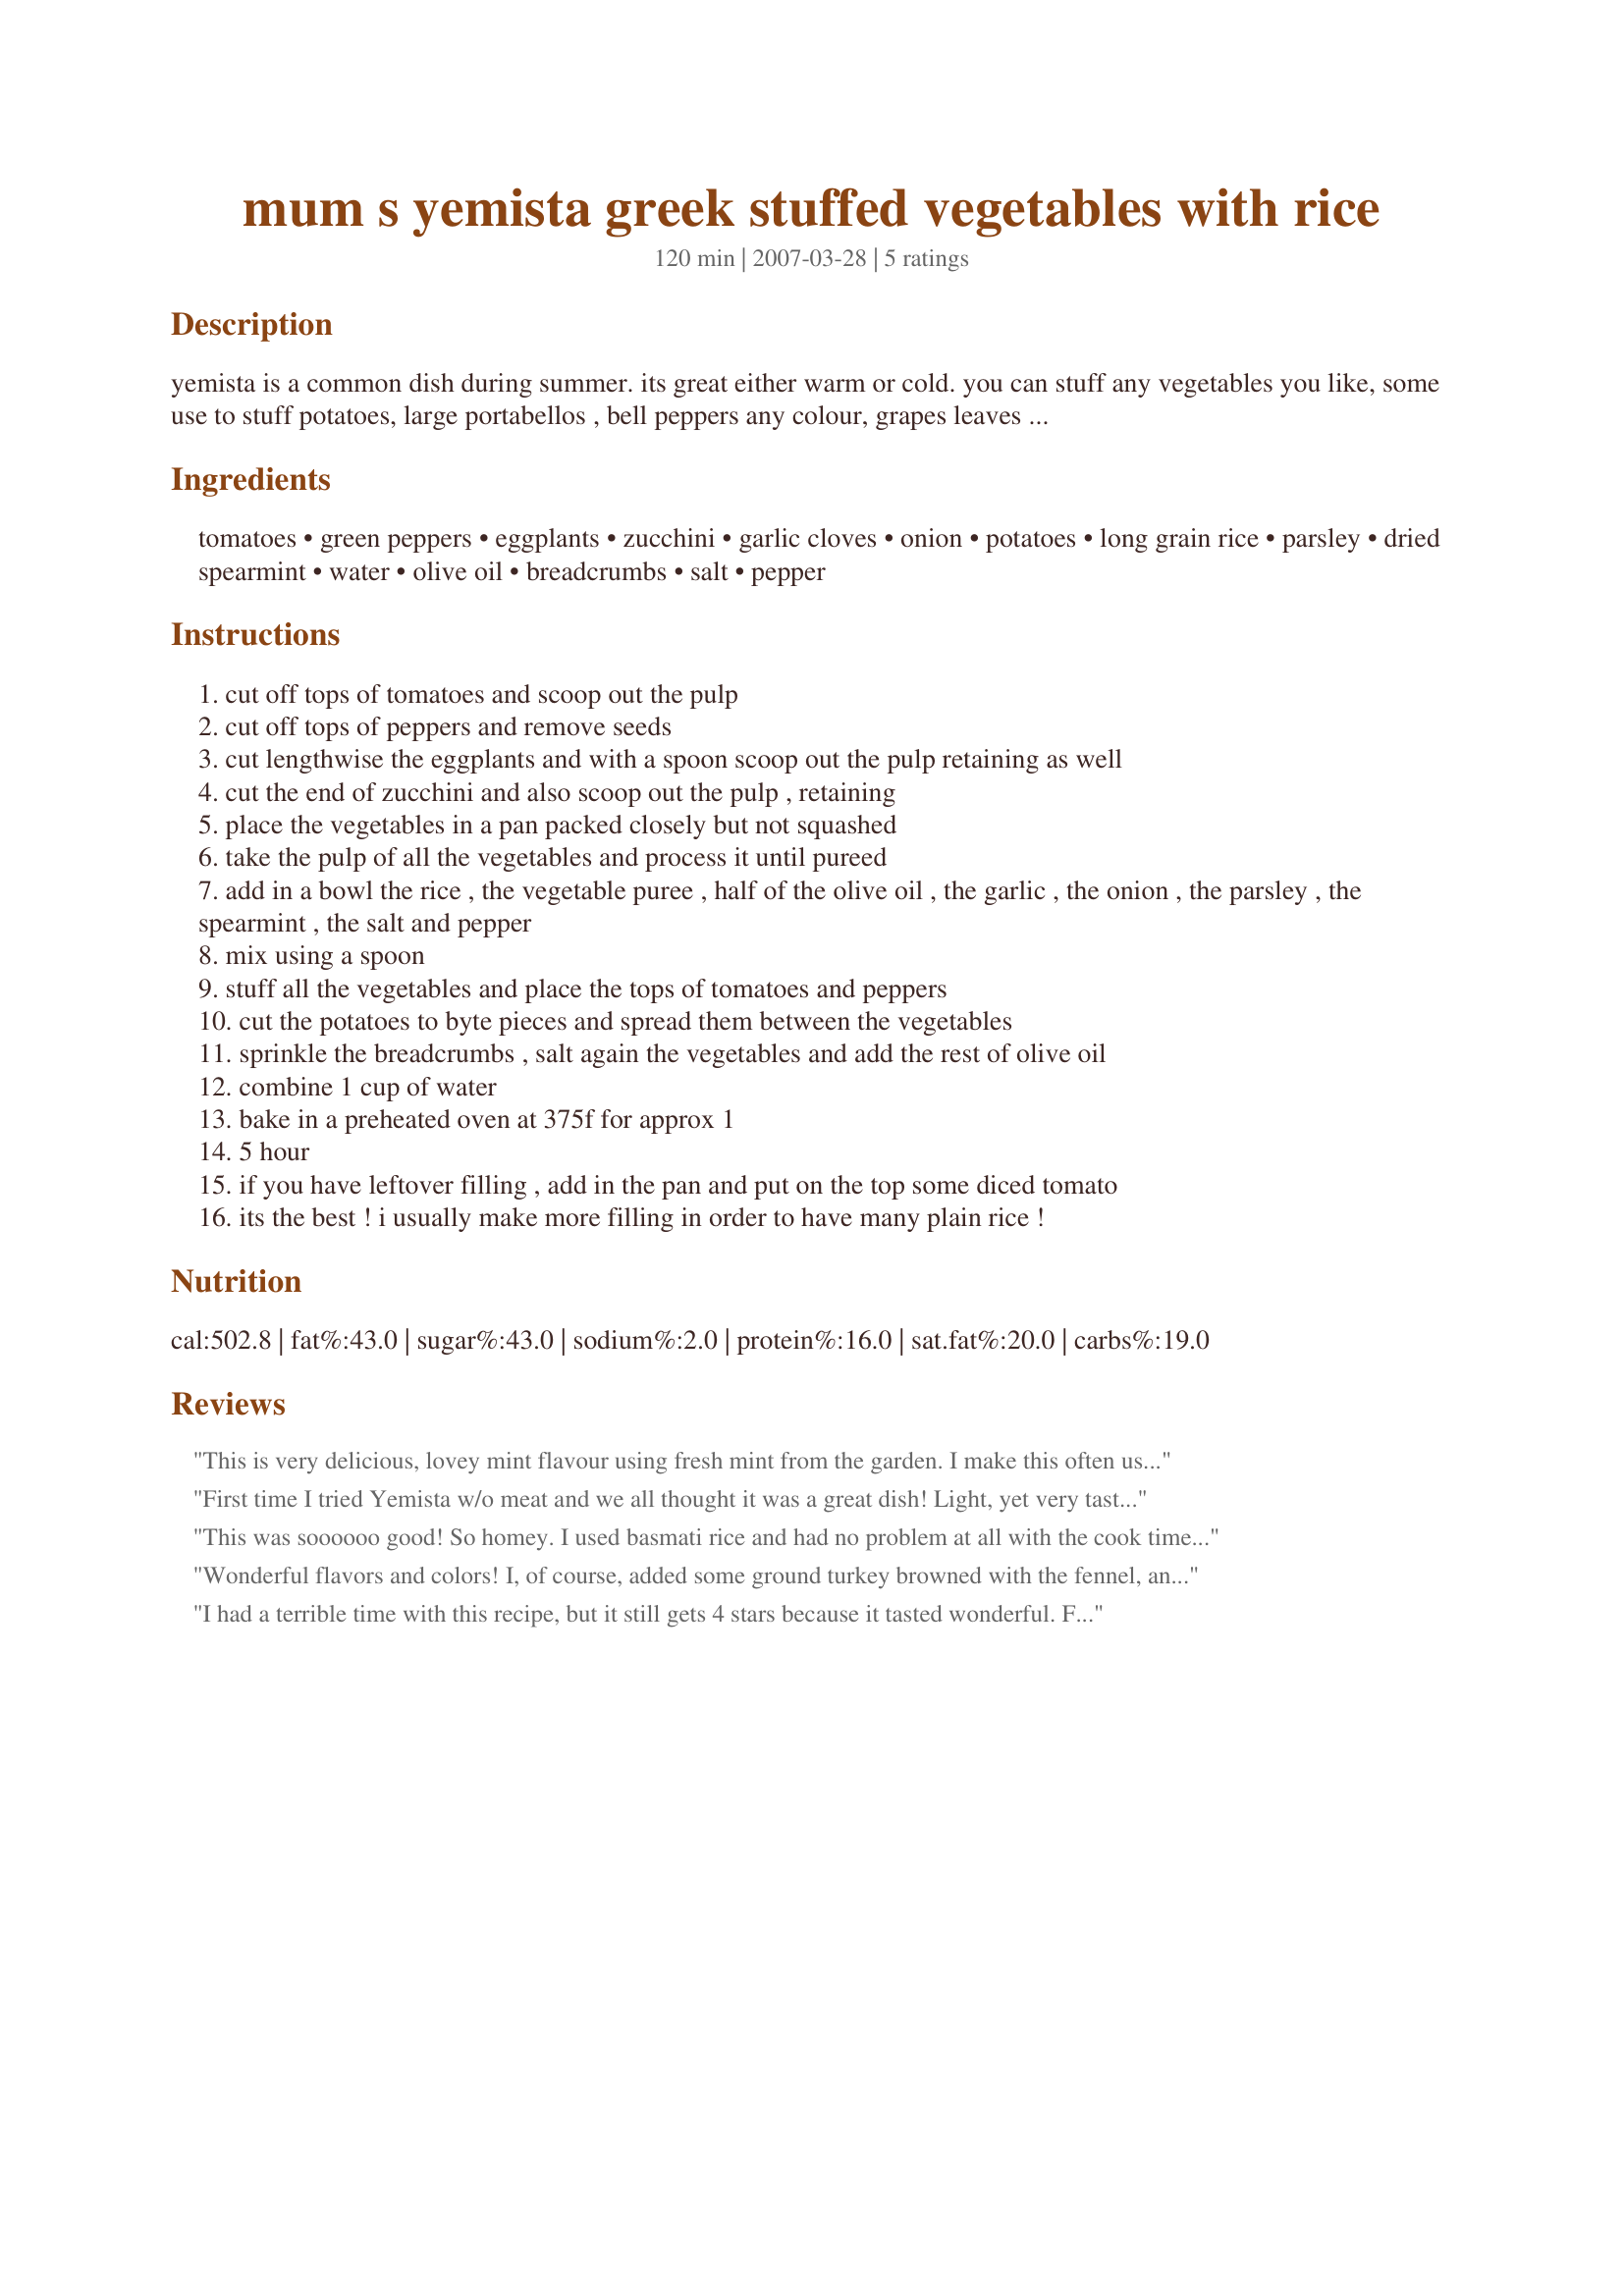
mum s yemista greek stuffed vegetables with rice
Preparation time: 120 minutes

yemista is a common dish during summer. its great either warm or cold. you can stuff any vegetables you like, some use to stuff potatoes, large portabellos , bell peppers any colour, grapes leaves and even zucchini's flowers, the last ones are hard to find but they are the best. also, in the filling some add feta, great!

Ingredients:
tomatoes, green peppers, eggplants, zucchini, garlic cloves, onion, potatoes, long grain rice, parsley, dried spearmint, water, olive oil, breadcrumbs, salt, pepper

Steps:
cut off tops of tomatoes and scoop out the pulp
cut off tops of peppers and remove seeds
cut lengthwise the eggplants and with a spoon scoop out the pulp retaining as well
cut the end of zucchini and also scoop out the pulp , retaining
place the vegetables in a pan packed closely but not squashed
take the pulp of all the vegetables and process it until pureed
add in a bowl the rice , the vegetable puree , half of the olive oil , the garlic , the onion , the parsley , the spearmint , the salt and pepper
mix using a spoon
stuff all the vegetables and place the tops of tomatoes and peppers
cut the potatoes to byte pieces and spread them between the vegetables
sprinkle the breadcrumbs , salt again the vegetables and add the rest of olive oil
combine 1 cup of water
bake in a preheated oven at 375f for approx 1
5 hour
if you have leftover filling , add in the pan and put on the top some diced tomato
its the best ! i usually make more filling in order to have many plain rice !

Reviews:
This is very delicious, lovey mint flavour using fresh mint from the garden. I make this often using a variety of different vegetables when we are looking for something vegetarian. I have used zucchini, orange bell peppers are our favorite, plum tomatoes, onions. Sometimes I add mushroom to the stuffing, tomato paste depending what stuffed vegetables I have to leave out. I use Basmati rice, a good extra virgin olive oil, sea salt, freshly ground black pepper, plus the rest of ingredients. I sea salt the vegetables before and after stuffing. I have never added the potatoes as we have started to avoid them for allergy reasons. I cover the pan the whole time as tightly as I can with aluminum foil. I never use bread as we are gluten & yeast free. I sometimes add a bit of homemade chicken stock with the water in the pan, but water works fine on its own. I serve this dish with Balkan or other thick yogurt. I will make this again & again.
First time I tried Yemista w/o meat and we all thought it was a great dish! Light, yet very tasty and satisfying! Baked up perfectly in the oven~ this will be made often! Thanks Chef Katia!
This was soooooo good! So homey. I used basmati rice and had no problem at all with the cook time (and didn't cover the dishes) I used regular mint and also added a few squirts of lemon which was a nice touch. This comes together a lot quicker then one might expect. I think it took me 30 minutes to prep before going into the oven. Well worth the beautiful finished product. I think I might add in some chopped nuts the next time just for a bit of texture, but this is definitely a keeper!
Wonderful flavors and colors! I, of course, added some ground turkey browned with the fennel, and a touch of chicken broth in the cooking water. The mint was fabulous! Thanks.
I had a terrible time with this recipe, but it still gets 4 stars because it tasted wonderful.
Firstly, I couldnt get spearmint ANYWHERE, dried or fresh, so I used fresh mint, it was really too mild, but I corrested that by giving each vegetable a squirt of mint sauce before serving.
The main trouble I had was the cooking. I checked a few other yemista recipes, and none of them said to cover the baking dish, so I duly popped it in the oven. After 2 hours the rice was still hard, but the veggies were cooked. I covered the whole thing with alfoil, and gave it abother hour, and finally the rice was soft. While it tasted greatlast night, it was too late for our dinner, so I reheated it for tonite, and the taste was 5 stars!!! Even my husband commented on it, and usually just eats:)
So Katia, thank you for a good recipe, a keeper, but in future I will cover the yemista for the first hour, and then turn up the heat a bit to singed the veggies!
